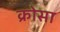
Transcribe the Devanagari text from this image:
क्रोसा